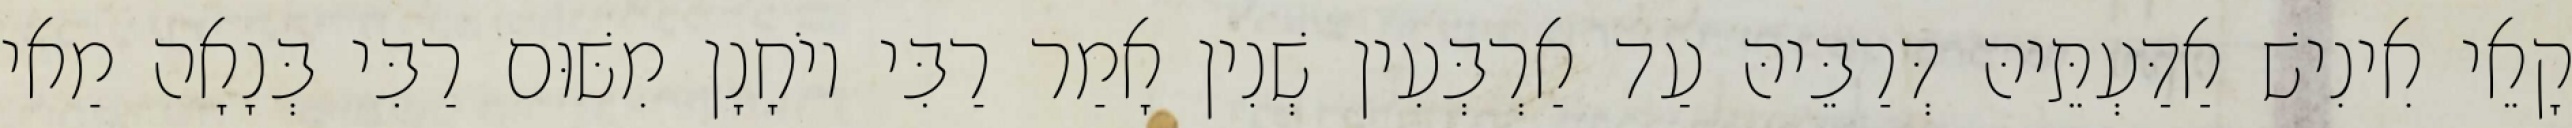
קָאֵי אִינִישׁ אַדַּעְתֵּיהּ דְּרַבֵּיהּ עַד אַרְבְּעִין שְׁנִין אָמַר רַבִּי יוֹחָנָן מִשּׁוּם רַבִּי בְּנָאָה מַאי